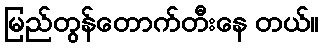
မြည်တွန်တောက်တီးနေ တယ်။